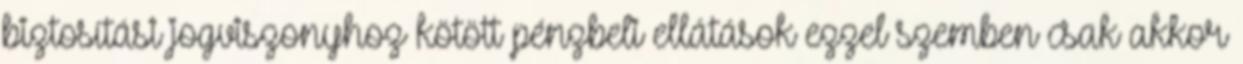
biztosítási jogviszonyhoz kötött pénzbeli ellátások ezzel szemben csak akkor